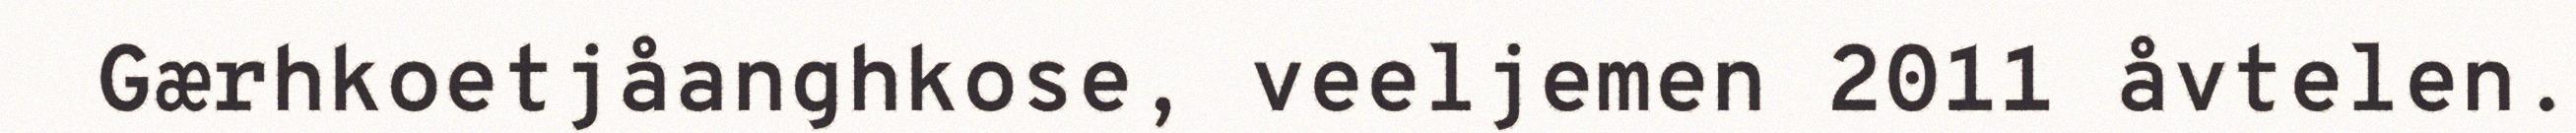
Gærhkoetjåanghkose, veeljemen 2011 åvtelen.